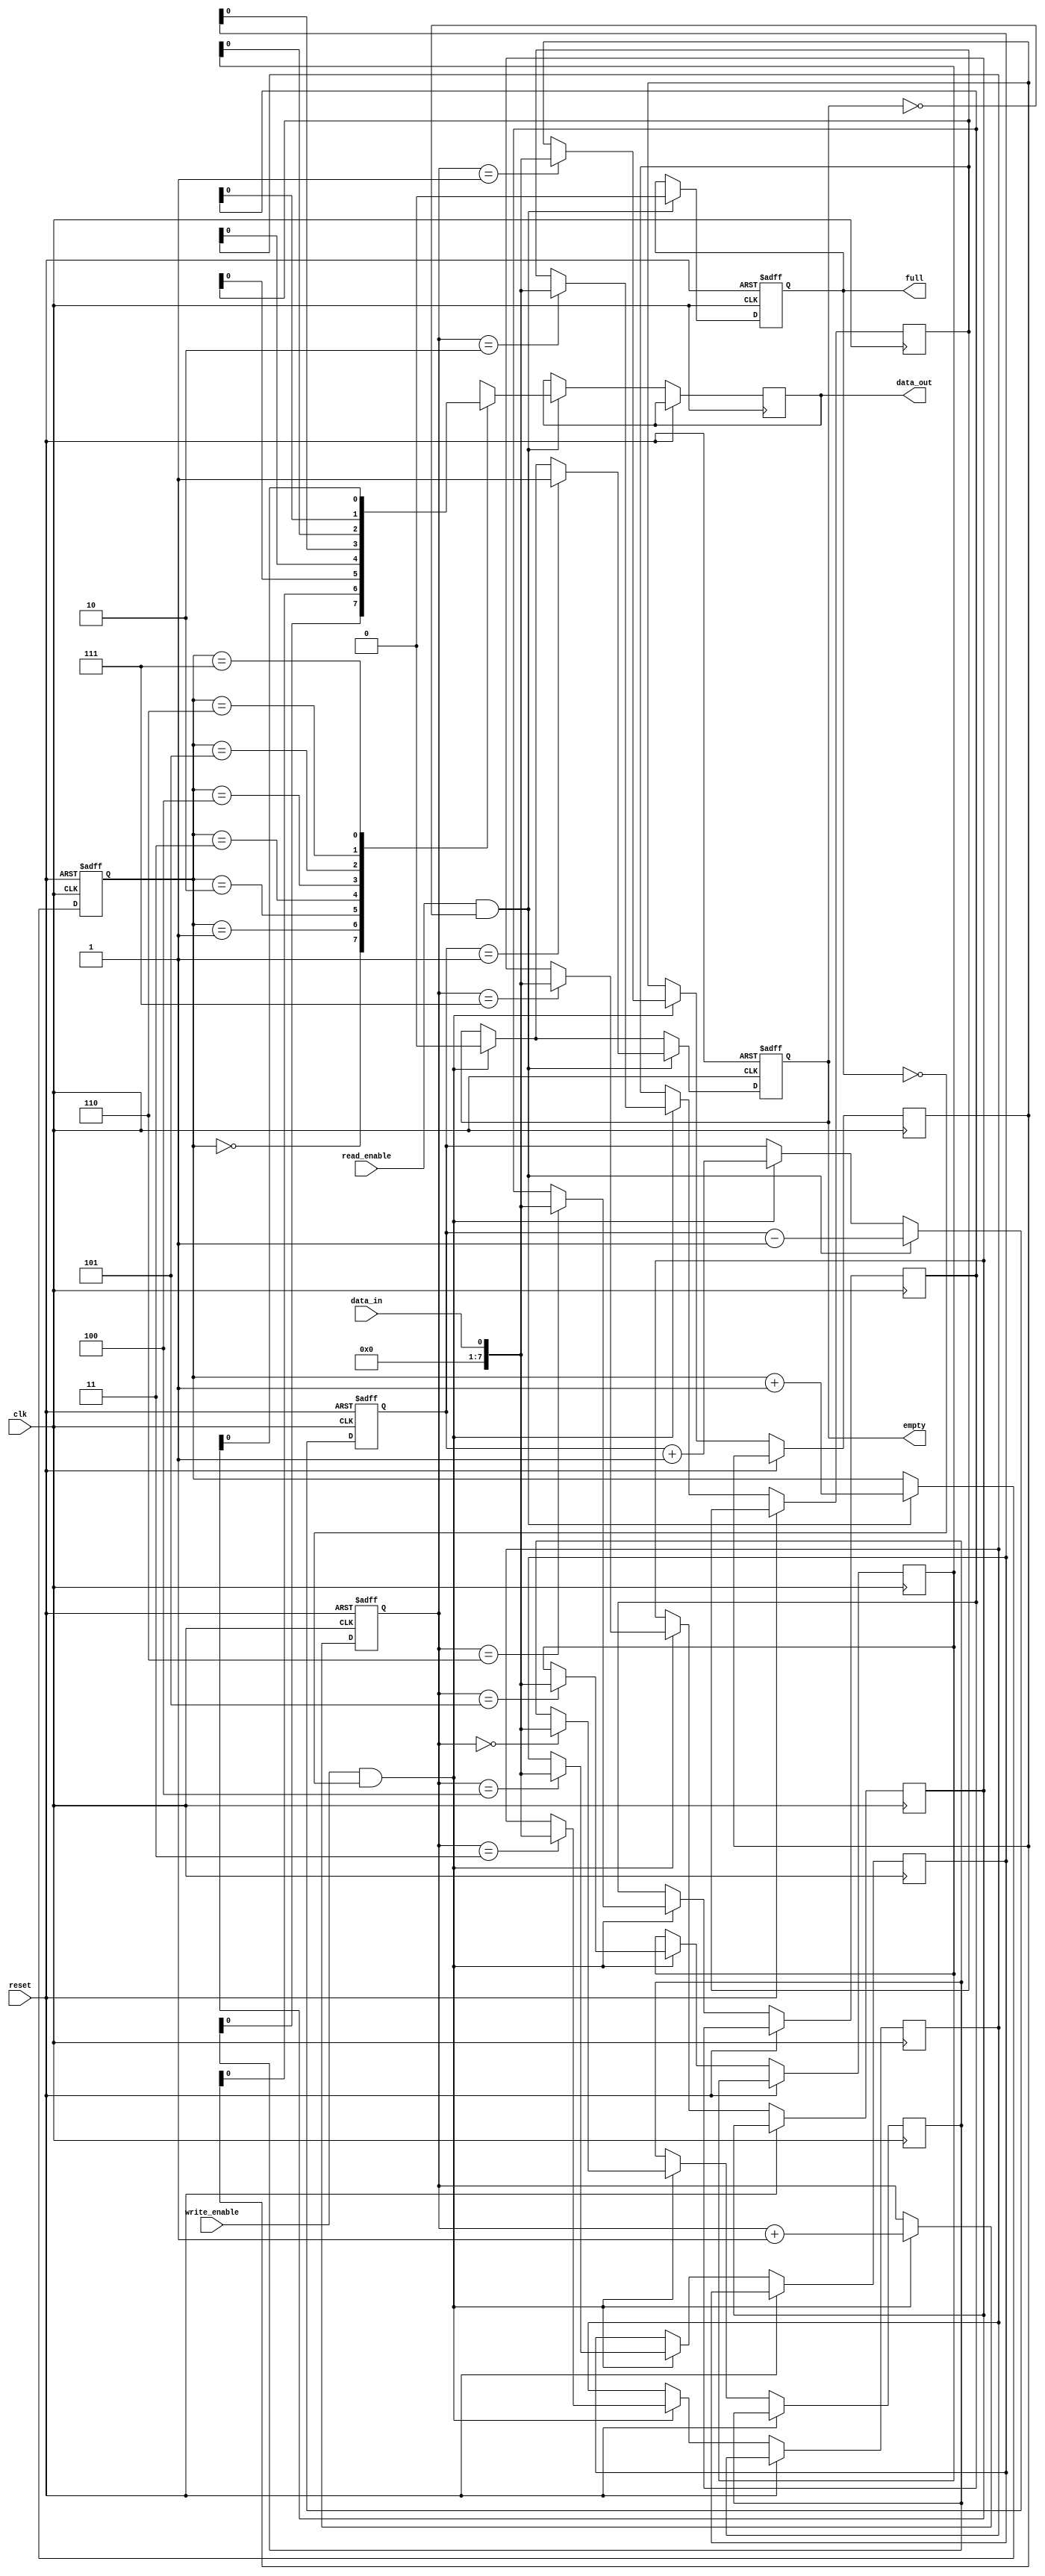
module Bidirectional_FIFO (
    input clk,
    input reset,
    input write_enable,
    input read_enable,
    input data_in,
    output reg data_out,
    output reg full,
    output reg empty
);

parameter DEPTH = 8; // Specify FIFO depth

reg [7:0] memory [0:DEPTH-1];
reg [2:0] write_ptr, read_ptr;
reg [2:0] count;

always @(posedge clk or posedge reset) begin
    if (reset) begin
        write_ptr <= 3'b000;
        read_ptr <= 3'b000;
        count <= 3'b000;
        full <= 1'b0;
        empty <= 1'b1;
    end
    else begin
        if (write_enable && !full) begin
            memory[write_ptr] <= data_in;
            write_ptr <= write_ptr + 1;
            count <= count + 1;
            empty <= 1'b0;
            if (count == DEPTH) full <= 1'b1;
        end
        
        if (read_enable && !empty) begin
            data_out <= memory[read_ptr];
            read_ptr <= read_ptr + 1;
            count <= count - 1;
            full <= 1'b0;
            if (count == 1) empty <= 1'b1;
        end
    end
end

endmodule